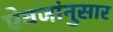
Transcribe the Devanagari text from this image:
ऐवजांनुसार